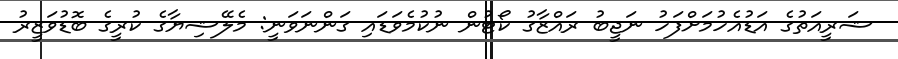
ޝަރީއަތުގެެ އަޑުއެހުމަށްފަހު ނަޖީބު ރައްޒާގު ކޯޓުން ނުކުމެވަޑައި ގަންނަވަނީ: މެލޭޝިޔާގެ ކުރީގެ ބޮޑުވަޒީރު